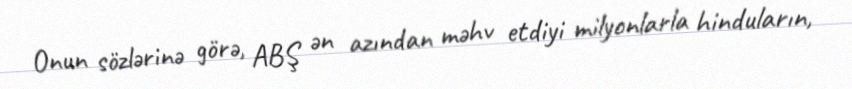
Onun sözlərinə görə, ABŞ ən azından məhv etdiyi milyonlarla hinduların,